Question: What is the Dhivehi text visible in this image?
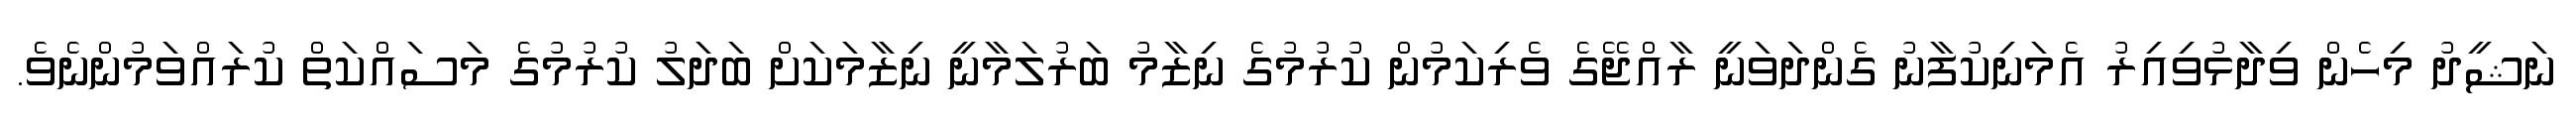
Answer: ނަޝީދު މިހެން ވިދާޅުވިއިރު އެމަނިކުފާނު ގެންދަވަނީ ރާއްޖޭގެ ވެރިކަމުން ކުރުމުގެ ނިޒާމު ބަރުލަމާނީ ނިޒާމަކަށް ބަދަލު ކުރުމުގެ މަސައްކަތް ކުރައްވަމުންނެވެ.